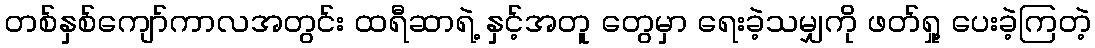
တစ်နှစ်ကျော်ကာလအတွင်း ထရီဆာရဲ့ နှင့်အတူ တွေမှာ ရေးခဲ့သမျှကို ဖတ်ရှု့ ပေးခဲ့ကြတဲ့